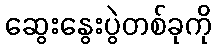
ဆွေးနွေးပွဲတစ်ခုကို